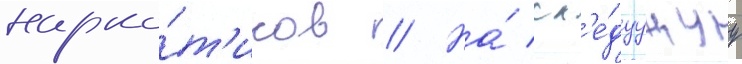
нарко́т'иков // На́ сл'е́дуущуу